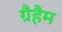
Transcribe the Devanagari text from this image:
ग्रैहैम